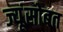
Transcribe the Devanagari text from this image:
ज्यूंसोबत